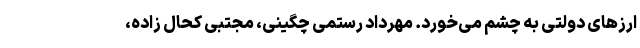
ارزهای دولتی به چشم می‌خورد. مهرداد رستمی چگینی، مجتبی کحال زاده،